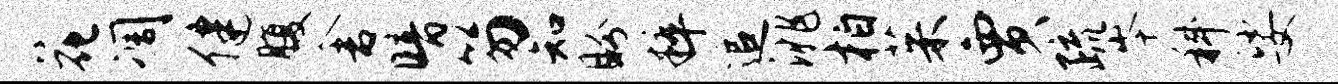
花凋健腹舍暗笏知盼粹追洮柏茱贾疏岑科娑